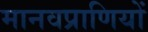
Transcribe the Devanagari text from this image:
मानवप्राणियों